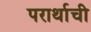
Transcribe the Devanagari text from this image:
परार्थाची